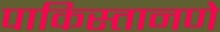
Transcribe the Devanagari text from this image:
पाकिस्तानणे